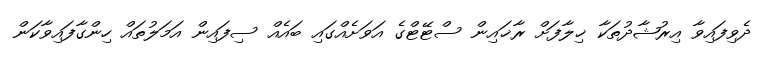
ދެވިފައިވާ އިރުޝާދުތަކާ ޚިލާފަށް ރާޚައިން ސްޓޭޓްގެ އަވަށެއްގައި ބައެއް ސިފައިން އަމަލުތައް ހިންގާފައިވާކަން